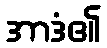
အာဒံ၏